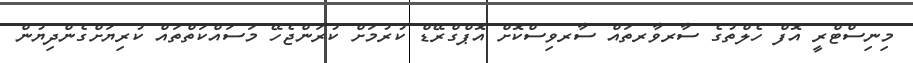
މިނިސްޓްރީ އޮފް ހެލްތުގެ ސާރވާރތައް ސާރވިސްކޮށް އޮޕްގްރޭޑް ކުރުމަށް ކުރަންޖެހޭ މަސައްކަތްތައް ކުރިޔަށްގެންދިޔުން